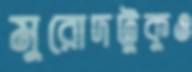
মুরোদটুকুও